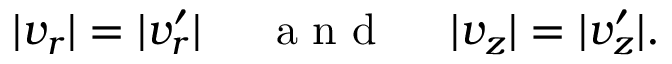
| v _ { r } | = | v _ { r } ^ { \prime } | ~ ~ ~ ~ \mathrm { ~ a ~ n ~ d ~ } ~ ~ ~ ~ | v _ { z } | = | v _ { z } ^ { \prime } | .